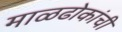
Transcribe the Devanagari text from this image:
माळढोकांची